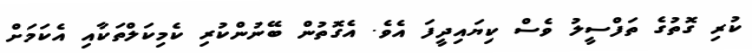
ކުރި ގޮތުގެ ތަފްސީލު ވެސް ކިޔައިދީފަ އެވެ. އެގޮތުން ބޭނުންކުރި ކެމިކަލްތަކާއި އެކަމަށް